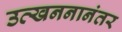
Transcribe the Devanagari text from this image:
उत्खननानंतर